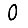
Digit: 0